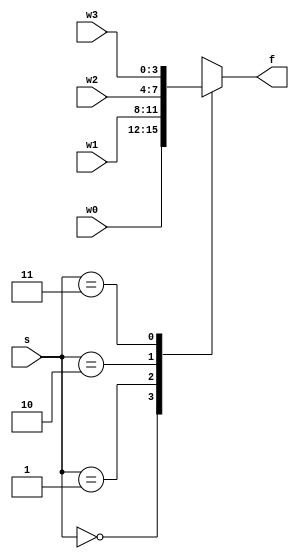
`timescale 1ns / 1ps
//////////////////////////////////////////////////////////////////////////////////
// Company: 
// Engineer: 
// 
// Design Name: 
// Module Name: mux_4x1_nbit
// Project Name: 
// Target Devices: 
// Tool Versions: 
// Description: 
// 
// Dependencies: 
// 
// Revision:
// Revision 0.01 - File Created
// Additional Comments:
// 
//////////////////////////////////////////////////////////////////////////////////


module mux_4x1_nbit
    #(parameter n =4)
    (
    input [n-1:0] w0,w1,w2,w3,
    input [1:0]s,
    output reg [n-1:0]f
    );
    always @ (w0,w1,w2,w3,s)
    begin
    f = 'bx;
    //m= 'b1;
//        / Behavioral Modeling      
//        f = s[1]?(s[0]?w3:w2):(s[0]?w1:w0); /
//        //Structural modeling using if
//        if  (s==2'b00)
//            f = w0; ///priority routing network
//        else if (s == 2'b01)
//            f = w1;
//        else if ( s == 2'b10)
//            f = w2;
//        else if ( s == 2'b11)
//            f = w3;
//        else
//            f = 'bx; //accounted for all values of s. if none occur, x will appear and an issue occured in the logic.
//      //Structural modeling using case: (Parallel Case)
        case (s)
            2'b00: f=w0;
            2'b01: f=w1;
            2'b10: f=w2;
            2'b11: f=w3;
            default: f='bx;
        endcase
    end
    
endmodule